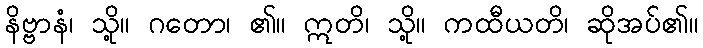
နိဗ္ဗာနံ၊ သို့။ ဂတော၊ ၏။ ဣတိ၊ သို့။ ကထီယတိ၊ ဆိုအပ်၏။